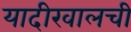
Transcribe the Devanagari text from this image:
यादीखालची